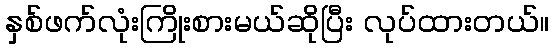
နှစ်ဖက်လုံးကြိုးစားမယ်ဆိုပြီး လုပ်ထားတယ်။